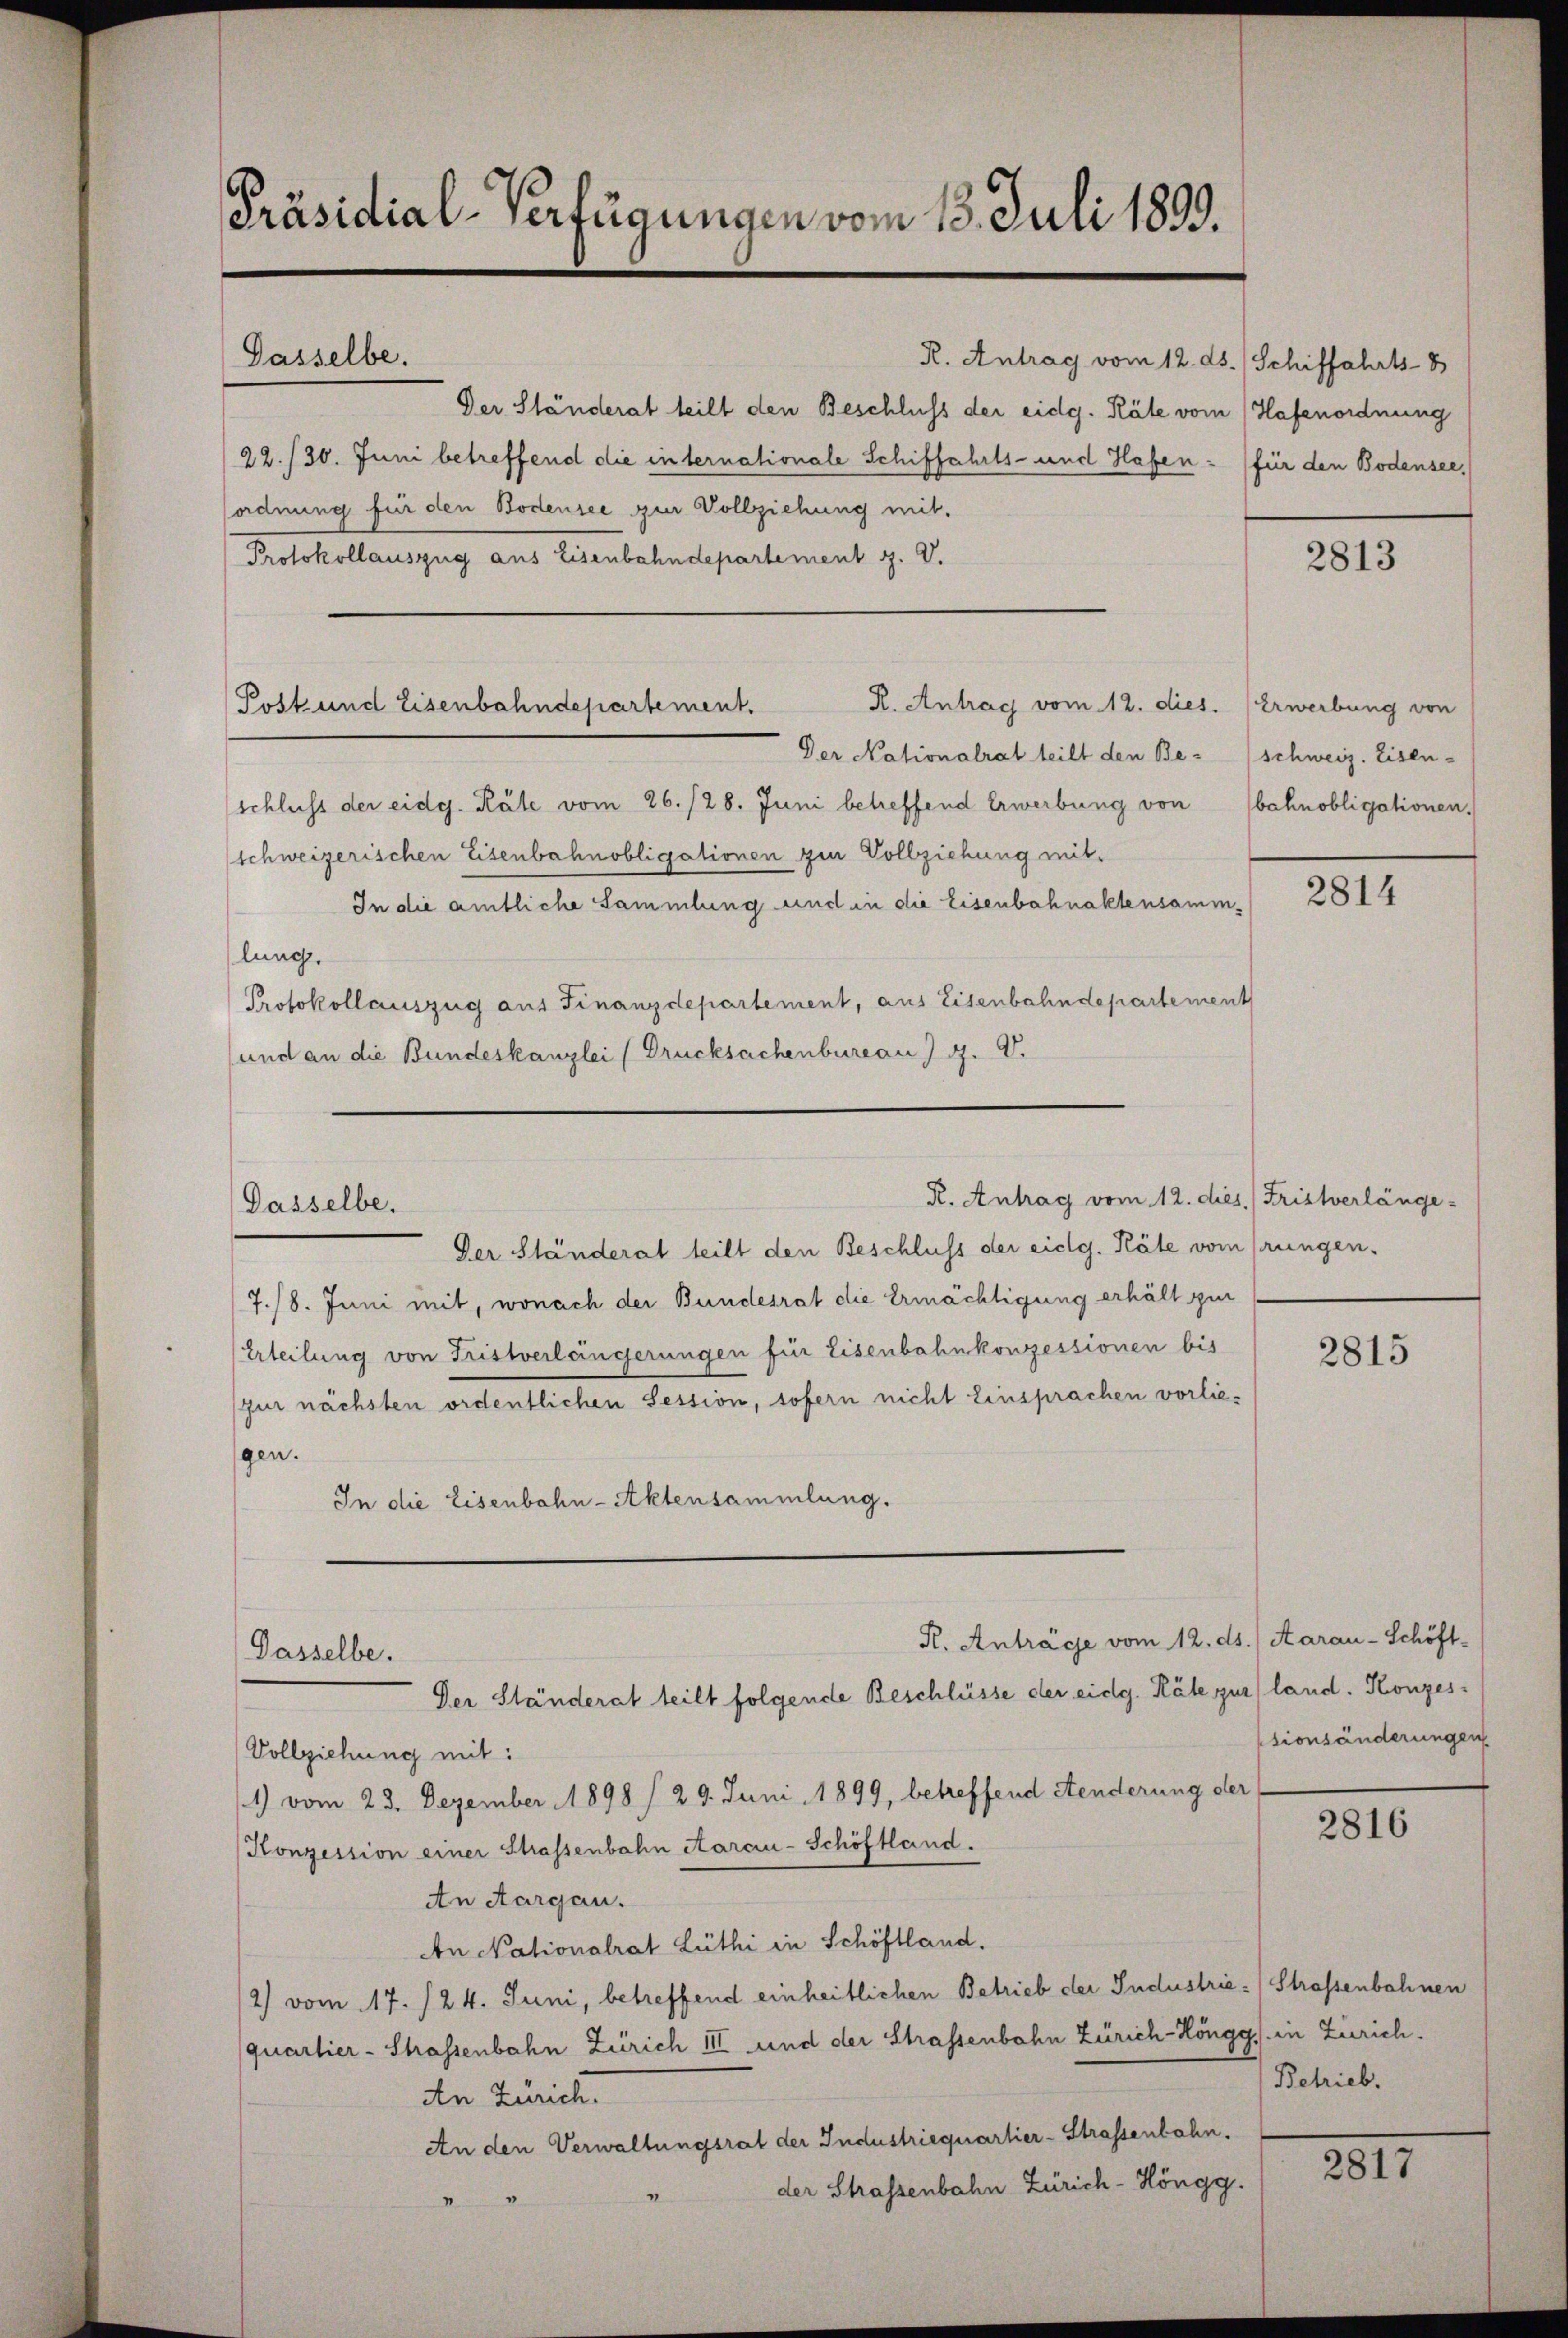
Präsidial-Verfügungen vom 13. Juli 1899.
Dasselbe.
R. Antrag vom 12. ds. / Schiffahrts- 8
Der Ständerat teilt den Beschluss der eidg. Räte vom Hafenordnung
22./30. Juni betreffend die internationale Schiffahrts- und Hafen (für den Bodensee,
ordnung für den Bodensee zur Vollziehung mit.
Protokollauszug aus Eisenbahndepartement z. V.

R. Antrag vom 12. dies. Erwerbung von
Der Nationalrat teilt den Be-
schluss der eidg. Räte vom 26. /28. Juni betreffend Erwerbung von
schweizerischen Eisenbahnobligationen zur Vollziehung mit.
In die amtliche Sammlung und in die Eisenbahnaktensammlung.
Protokollauszug aus Finanzdepartement, aus Eisenbahndepartement
und an die Bundeskanzlei (Drucksachenbureau) G. D.

Post und Eisenbahndepartement.

Dasselbe.

Dasselbe.
Der Ständerat teilt folgende Beschlüsse der eidg. Räte zur land. Konzes¬

R. Antrag vom 12. dies Fristverlänge-

Der Ständerat teilt den Beschluss der eidg. Käte vom frungen.
7./8. Juni mit, wonach der Bundesrat die Ermächtigung erhält zur
Erteilung von Fristverlängerungen für Eisenbahnkonzessionen bis
zur nächsten ordentlichen Session, sofern nicht Einsprachen vorliegen.
In die Eisenbahn-Aktensammlung.

R. Anträge vom 12. ds. Aarau - Schöft¬
Vollziehung mit:
1) vom 23. Dezember 1898 § 29. Juni 1899, betreffend Aenderung der
Konzession einer Strassenbahn Aarau-Schöftland.
An Aargau.
An Nationalrat Lüthi in Schöflland.
2) vom 17./24. Juni, betreffend einheitlichen Betrieb der Industrie-Strassenbahnen
quartier-Strassenbahn Zürich III und der Strassenbahn Zürich-Höngg, in Zürich¬
An Zürich.
An den Verwaltungsrat der Industriequartier-Strassenbahn.
der Strassenbahn Zürich-Höngg.

Schweiz. Eisen-
bahnobligationen.

2813

2814

2815

tionsänderungen

2816

Betrieb.

2015